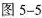
图5-5